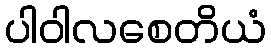
ပါဝါလစေတိယံ